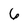
Character: 6